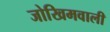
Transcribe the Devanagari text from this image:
जोखिमवाली